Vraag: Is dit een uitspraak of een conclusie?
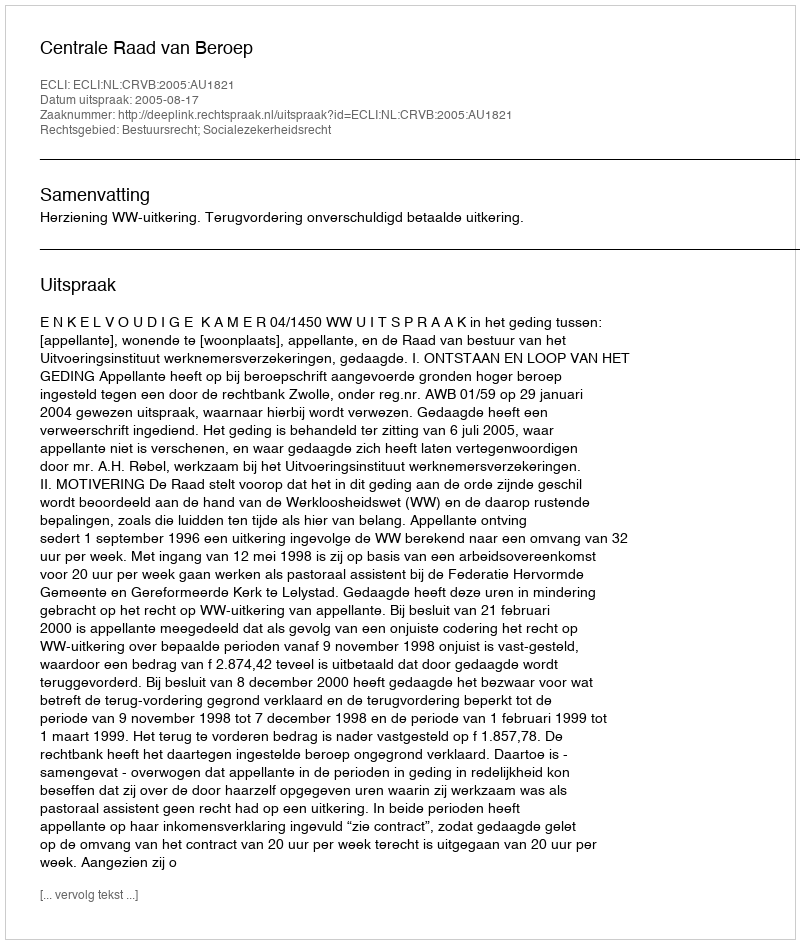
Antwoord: Uitspraak